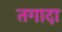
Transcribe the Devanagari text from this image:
तगादा